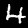
Label: 4